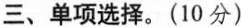
三、单项选择.(10 分)